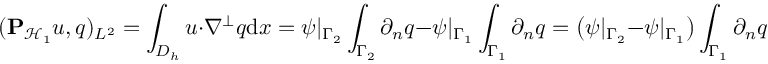
( \mathbf { P } _ { \mathcal { H } _ { 1 } } u , q ) _ { L ^ { 2 } } = \int _ { D _ { h } } u \cdot \nabla ^ { \perp } q \mathrm { d } x = \psi | _ { \Gamma _ { 2 } } \int _ { \Gamma _ { 2 } } \partial _ { n } q - \psi | _ { \Gamma _ { 1 } } \int _ { \Gamma _ { 1 } } \partial _ { n } q = \big ( \psi | _ { \Gamma _ { 2 } } - \psi | _ { \Gamma _ { 1 } } \big ) \int _ { \Gamma _ { 1 } } \partial _ { n } q